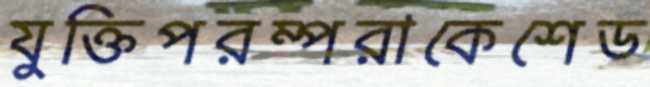
যুক্তিপরম্পরাকেশেড